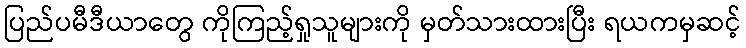
ပြည်ပမီဒီယာတွေ ကိုကြည့်ရှုသူများကို မှတ်သားထားပြီး ရယကမှဆင့်